Indian journal of veterinary science and animal husbandry - Volume 5,
Year: 1935
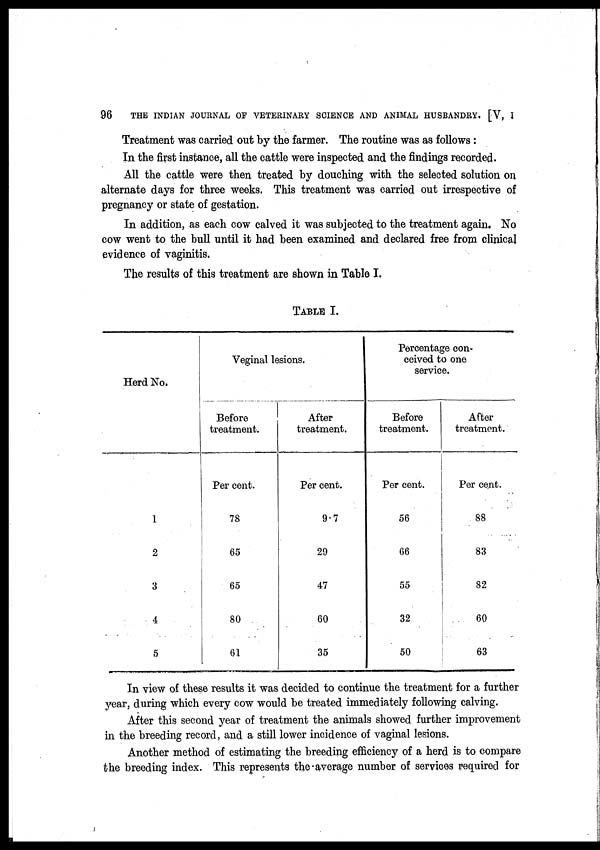
96
THE INDIAN JOURNAL OF VETERINARY SCIENCE AND ANIMAL HUSBANDRY. [V, I
Treatment was carried out by the farmer. The routine was as follows:
In the first instance, all the cattle were inspected and the findings recorded.
All the cattle were then treated by douching with the selected solution on
alternate days for three weeks. This treatment was carried out irrespective of
pregnancy or state of gestation.
In addition, as each cow calved it was subjected to the treatment again. No
cow went to the bull until it had been examined and declared free from clinical
evidence of vaginitis.
The results of this treatment are shown in Table I.
TABLE I.
Herd No.
1
2
3
4
5
Veginal lesions.
Before
treatment.
Per cent.
78
65
65
80
61
After
treatment.
Per cent.
9.7
29
47
60
35
Percentage con-
ceived to one
service.
Before
treatment.
Per cent.
56
66
55
32
50
After
treatment.
Per cent.
88
83
82
60
63
In view of these results it was decided to continue the treatment for a further
year, during which every cow would be treated immediately following calving.
After this second year of treatment the animals showed further improvement
in the breeding record, and a still lower incidence of vaginal lesions.
Another method of estimating the breeding efficiency of a herd is to compare
the breeding index. This represents the average number of services required for